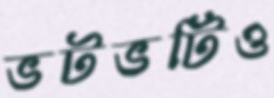
ভটভটিও